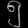
Digit: ၅